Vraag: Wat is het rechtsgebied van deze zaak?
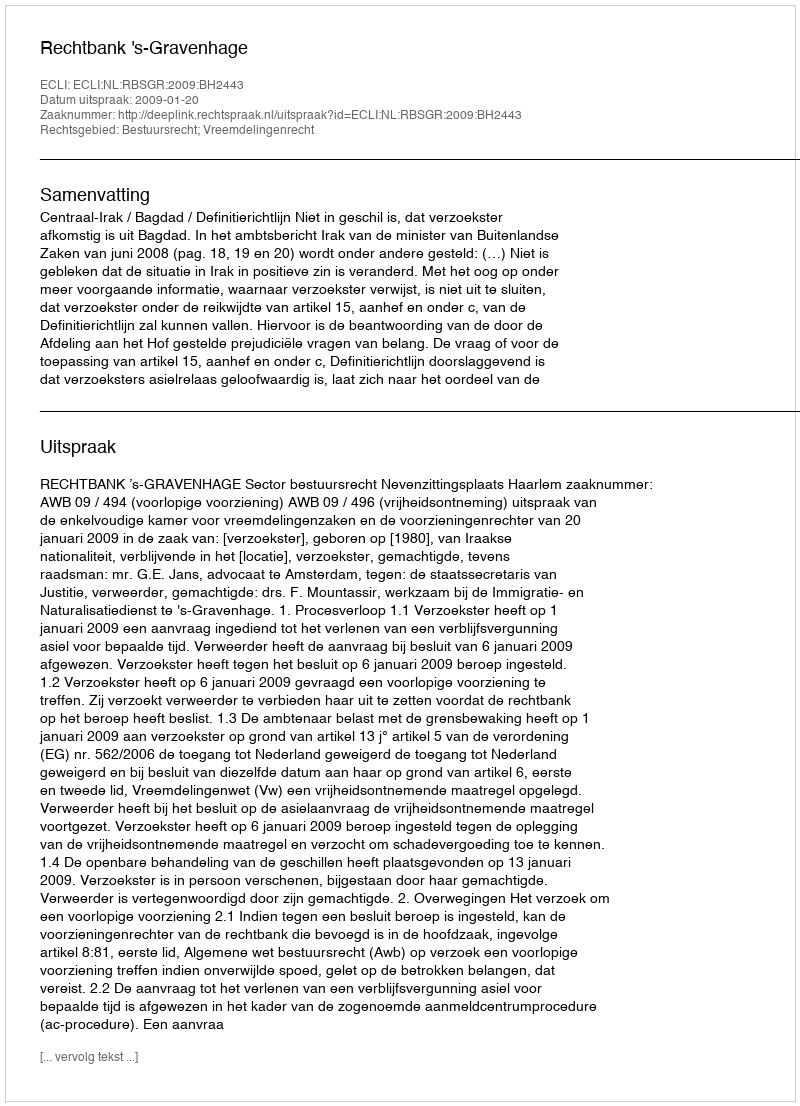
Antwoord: Bestuursrecht; Vreemdelingenrecht